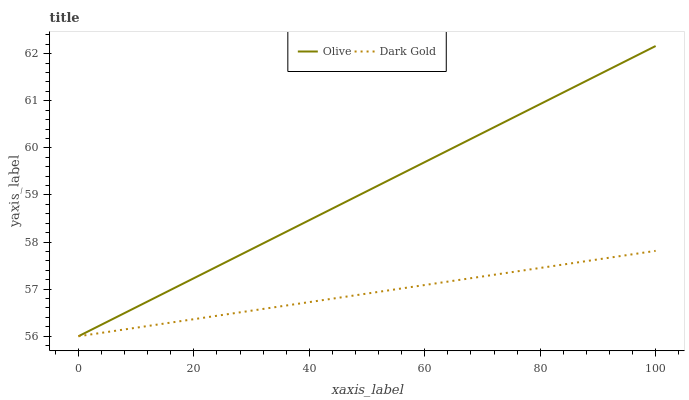
| xaxis_label | Olive | Dark Gold |
 | --- | --- | --- |
 | 0 | 56 | 56 |
 | 20 | 57.2 | 56.4 |
 | 40 | 58.5 | 56.7 |
 | 60 | 59.7 | 57.1 |
 | 80 | 60.9 | 57.5 |
 | 100 | 62.2 | 57.8 |